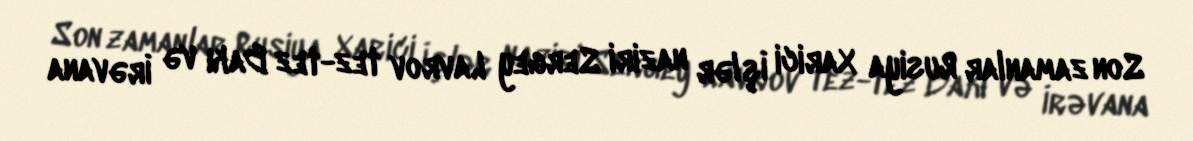
Son zamanlar Rusiya Xarici İşlər naziri Sergey Lavrov tez-tez Bakı və İrəvana